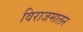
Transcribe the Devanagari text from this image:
विराजमालन